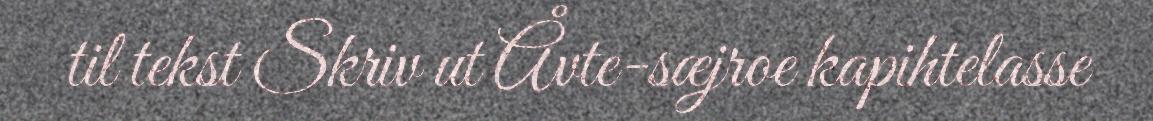
til tekst Skriv ut Åvte-sæjroe kapihtelasse